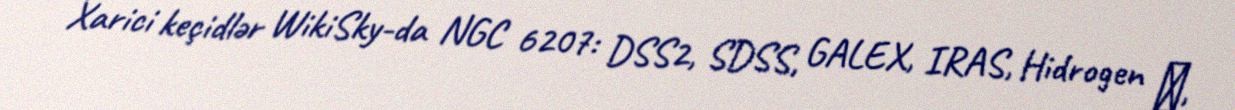
Xarici keçidlər WikiSky-da NGC 6207: DSS2, SDSS, GALEX, IRAS, Hidrogen α,